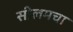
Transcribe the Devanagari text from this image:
सीलमचा